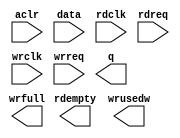
// megafunction wizard: %FIFO%VBB%
// GENERATION: STANDARD
// VERSION: WM1.0
// MODULE: dcfifo 

// ============================================================
// Megafunction Name(s):
// 			dcfifo
//
// Simulation Library Files(s):
// 			altera_mf
// ============================================================
// ************************************************************
// THIS IS A WIZARD-GENERATED FILE. DO NOT EDIT THIS FILE!
//
// 18.1.0 Build 625 09/12/2018 SJ Lite Edition
// ************************************************************

//Copyright (C) 2018  Intel Corporation. All rights reserved.
//Your use of Intel Corporation's design tools, logic functions 
//and other software and tools, and its AMPP partner logic 
//functions, and any output files from any of the foregoing 
//(including device programming or simulation files), and any 
//associated documentation or information are expressly subject 
//to the terms and conditions of the Intel Program License 
//Subscription Agreement, the Intel Quartus Prime License Agreement,
//the Intel FPGA IP License Agreement, or other applicable license
//agreement, including, without limitation, that your use is for
//the sole purpose of programming logic devices manufactured by
//Intel and sold by Intel or its authorized distributors.  Please
//refer to the applicable agreement for further details.

module fifo (
	aclr,
	data,
	rdclk,
	rdreq,
	wrclk,
	wrreq,
	q,
	rdempty,
	wrfull,
	wrusedw);

	input	  aclr;
	input	[15:0]  data;
	input	  rdclk;
	input	  rdreq;
	input	  wrclk;
	input	  wrreq;
	output	[15:0]  q;
	output	  rdempty;
	output	  wrfull;
	output	[12:0]  wrusedw;
`ifndef ALTERA_RESERVED_QIS
// synopsys translate_off
`endif
	tri0	  aclr;
`ifndef ALTERA_RESERVED_QIS
// synopsys translate_on
`endif

endmodule

// ============================================================
// CNX file retrieval info
// ============================================================
// Retrieval info: PRIVATE: AlmostEmpty NUMERIC "0"
// Retrieval info: PRIVATE: AlmostEmptyThr NUMERIC "-1"
// Retrieval info: PRIVATE: AlmostFull NUMERIC "0"
// Retrieval info: PRIVATE: AlmostFullThr NUMERIC "-1"
// Retrieval info: PRIVATE: CLOCKS_ARE_SYNCHRONIZED NUMERIC "1"
// Retrieval info: PRIVATE: Clock NUMERIC "4"
// Retrieval info: PRIVATE: Depth NUMERIC "8192"
// Retrieval info: PRIVATE: Empty NUMERIC "1"
// Retrieval info: PRIVATE: Full NUMERIC "1"
// Retrieval info: PRIVATE: INTENDED_DEVICE_FAMILY STRING "Cyclone 10 LP"
// Retrieval info: PRIVATE: LE_BasedFIFO NUMERIC "0"
// Retrieval info: PRIVATE: LegacyRREQ NUMERIC "1"
// Retrieval info: PRIVATE: MAX_DEPTH_BY_9 NUMERIC "0"
// Retrieval info: PRIVATE: OVERFLOW_CHECKING NUMERIC "0"
// Retrieval info: PRIVATE: Optimize NUMERIC "0"
// Retrieval info: PRIVATE: RAM_BLOCK_TYPE NUMERIC "0"
// Retrieval info: PRIVATE: SYNTH_WRAPPER_GEN_POSTFIX STRING "0"
// Retrieval info: PRIVATE: UNDERFLOW_CHECKING NUMERIC "0"
// Retrieval info: PRIVATE: UsedW NUMERIC "1"
// Retrieval info: PRIVATE: Width NUMERIC "16"
// Retrieval info: PRIVATE: dc_aclr NUMERIC "1"
// Retrieval info: PRIVATE: diff_widths NUMERIC "0"
// Retrieval info: PRIVATE: msb_usedw NUMERIC "0"
// Retrieval info: PRIVATE: output_width NUMERIC "16"
// Retrieval info: PRIVATE: rsEmpty NUMERIC "1"
// Retrieval info: PRIVATE: rsFull NUMERIC "0"
// Retrieval info: PRIVATE: rsUsedW NUMERIC "0"
// Retrieval info: PRIVATE: sc_aclr NUMERIC "1"
// Retrieval info: PRIVATE: sc_sclr NUMERIC "0"
// Retrieval info: PRIVATE: wsEmpty NUMERIC "0"
// Retrieval info: PRIVATE: wsFull NUMERIC "1"
// Retrieval info: PRIVATE: wsUsedW NUMERIC "1"
// Retrieval info: LIBRARY: altera_mf altera_mf.altera_mf_components.all
// Retrieval info: CONSTANT: INTENDED_DEVICE_FAMILY STRING "Cyclone 10 LP"
// Retrieval info: CONSTANT: LPM_NUMWORDS NUMERIC "8192"
// Retrieval info: CONSTANT: LPM_SHOWAHEAD STRING "OFF"
// Retrieval info: CONSTANT: LPM_TYPE STRING "dcfifo"
// Retrieval info: CONSTANT: LPM_WIDTH NUMERIC "16"
// Retrieval info: CONSTANT: LPM_WIDTHU NUMERIC "13"
// Retrieval info: CONSTANT: OVERFLOW_CHECKING STRING "ON"
// Retrieval info: CONSTANT: RDSYNC_DELAYPIPE NUMERIC "3"
// Retrieval info: CONSTANT: READ_ACLR_SYNCH STRING "OFF"
// Retrieval info: CONSTANT: UNDERFLOW_CHECKING STRING "ON"
// Retrieval info: CONSTANT: USE_EAB STRING "ON"
// Retrieval info: CONSTANT: WRITE_ACLR_SYNCH STRING "OFF"
// Retrieval info: CONSTANT: WRSYNC_DELAYPIPE NUMERIC "3"
// Retrieval info: USED_PORT: aclr 0 0 0 0 INPUT GND "aclr"
// Retrieval info: USED_PORT: data 0 0 16 0 INPUT NODEFVAL "data[15..0]"
// Retrieval info: USED_PORT: q 0 0 16 0 OUTPUT NODEFVAL "q[15..0]"
// Retrieval info: USED_PORT: rdclk 0 0 0 0 INPUT NODEFVAL "rdclk"
// Retrieval info: USED_PORT: rdempty 0 0 0 0 OUTPUT NODEFVAL "rdempty"
// Retrieval info: USED_PORT: rdreq 0 0 0 0 INPUT NODEFVAL "rdreq"
// Retrieval info: USED_PORT: wrclk 0 0 0 0 INPUT NODEFVAL "wrclk"
// Retrieval info: USED_PORT: wrfull 0 0 0 0 OUTPUT NODEFVAL "wrfull"
// Retrieval info: USED_PORT: wrreq 0 0 0 0 INPUT NODEFVAL "wrreq"
// Retrieval info: USED_PORT: wrusedw 0 0 13 0 OUTPUT NODEFVAL "wrusedw[12..0]"
// Retrieval info: CONNECT: @aclr 0 0 0 0 aclr 0 0 0 0
// Retrieval info: CONNECT: @data 0 0 16 0 data 0 0 16 0
// Retrieval info: CONNECT: @rdclk 0 0 0 0 rdclk 0 0 0 0
// Retrieval info: CONNECT: @rdreq 0 0 0 0 rdreq 0 0 0 0
// Retrieval info: CONNECT: @wrclk 0 0 0 0 wrclk 0 0 0 0
// Retrieval info: CONNECT: @wrreq 0 0 0 0 wrreq 0 0 0 0
// Retrieval info: CONNECT: q 0 0 16 0 @q 0 0 16 0
// Retrieval info: CONNECT: rdempty 0 0 0 0 @rdempty 0 0 0 0
// Retrieval info: CONNECT: wrfull 0 0 0 0 @wrfull 0 0 0 0
// Retrieval info: CONNECT: wrusedw 0 0 13 0 @wrusedw 0 0 13 0
// Retrieval info: GEN_FILE: TYPE_NORMAL fifo.v TRUE
// Retrieval info: GEN_FILE: TYPE_NORMAL fifo.inc FALSE
// Retrieval info: GEN_FILE: TYPE_NORMAL fifo.cmp FALSE
// Retrieval info: GEN_FILE: TYPE_NORMAL fifo.bsf TRUE
// Retrieval info: GEN_FILE: TYPE_NORMAL fifo_inst.v FALSE
// Retrieval info: GEN_FILE: TYPE_NORMAL fifo_bb.v TRUE
// Retrieval info: LIB_FILE: altera_mf